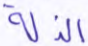
الذلة